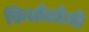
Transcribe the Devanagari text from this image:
फ़िलोलोजी